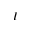
I